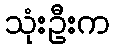
သုံးဦးက